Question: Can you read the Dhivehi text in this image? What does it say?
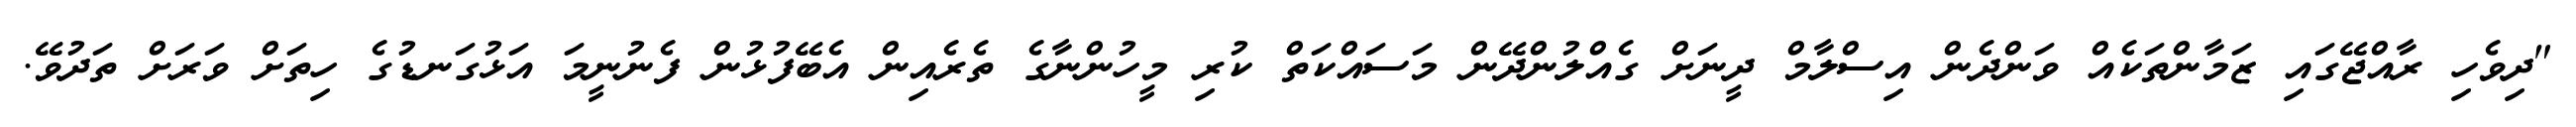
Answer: "ދިވެހި ރާއްޖޭގައި ޒަމާންތަކެއް ވަންދެން އިސްލާމް ދީނަށް ގެއްލުންދޭން މަސައްކަތް ކުރި މީހުންނާގެ ތެރެއިން އެބޭފުޅުން ފެނުނީމަ އަޅުގަނޑުގެ ހިތަށް ވަރަށް ތަދުވޭ.